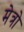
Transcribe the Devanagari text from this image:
मेत्रो